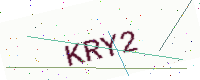
Text: KRY2